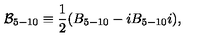
{ \cal B } _ { 5 - 1 0 } \equiv \frac { 1 } { 2 } ( B _ { 5 - 1 0 } - i B _ { 5 - 1 0 } i ) ,